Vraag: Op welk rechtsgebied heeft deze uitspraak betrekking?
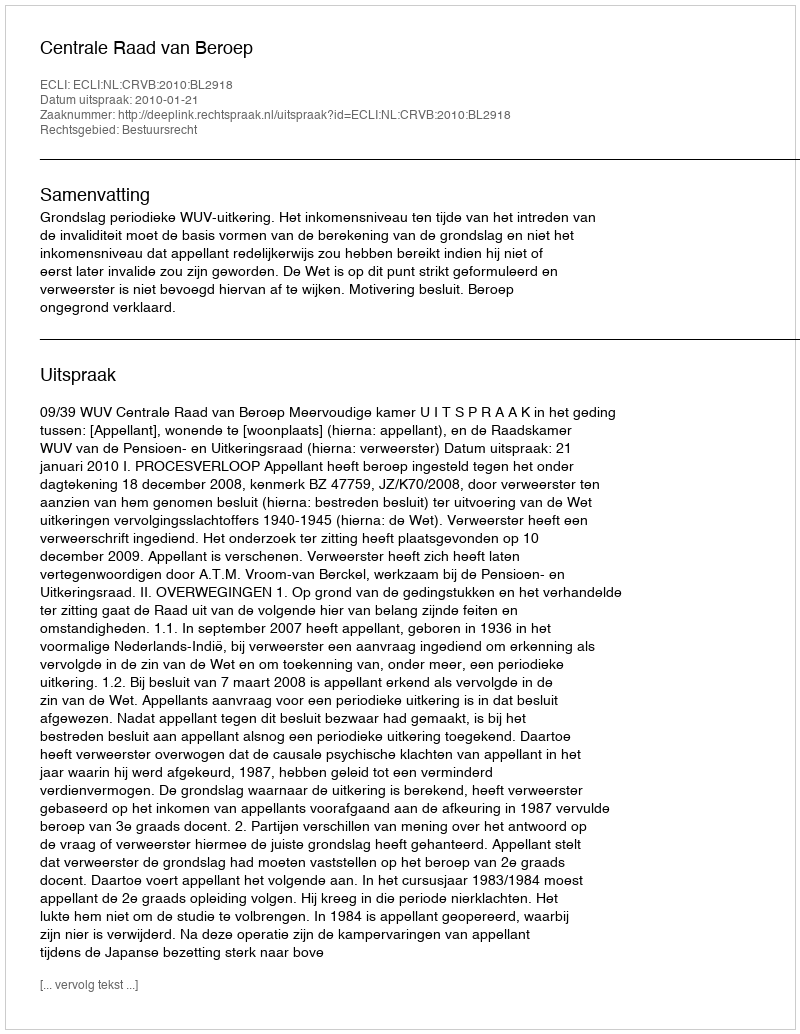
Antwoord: Bestuursrecht